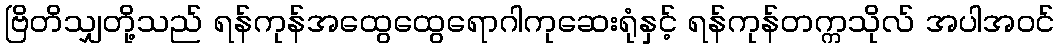
ဗြိတိသျှတို့သည် ရန်ကုန်အထွေထွေရောဂါကုဆေးရုံနှင့် ရန်ကုန်တက္ကသိုလ် အပါအဝင်